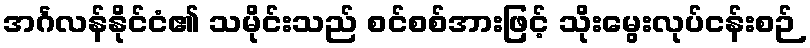
အင်္ဂလန်နိုင်ငံ၏ သမိုင်းသည် စင်စစ်အားဖြင့် သိုးမွေးလုပ်ငန်းစဉ်